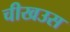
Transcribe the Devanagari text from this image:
चीखउस